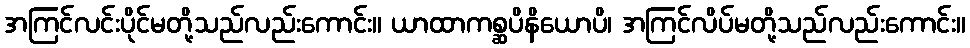
အကြင်လင်းပိုင်မတို့သည်လည်းကောင်း။ ယာထာကစ္ဆပိနိယောပိ၊ အကြင်လိပ်မတို့သည်လည်းကောင်း။